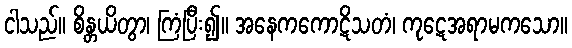
ငါသည်။ စိန္တယိတွာ၊ ကြံပြီး၍။ အနေကကောဋိသတံ၊ ကုဋေအရာမကသော။